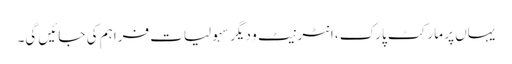
یہاں پر مارکٹ پارک، انٹرنیٹ و دیگر سہولیات فراہم کی جائیں گی۔